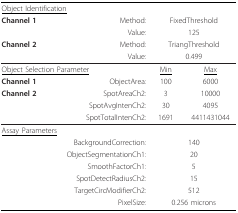
<table><thead><tr><td colspan="2"><b><underline>Object Identification</underline></b></td><td></td><td></td></tr><tr><td><b>Channel 1</b></td><td><b>Method:</b></td><td colspan="2"><b>FixedThreshold</b></td></tr><tr><td></td><td><b>Value:</b></td><td colspan="2"><b>125</b></td></tr><tr><td><b>Channel 2</b></td><td><b>Method:</b></td><td colspan="2"><b>TriangThreshold</b></td></tr><tr><td></td><td><b>Value:</b></td><td colspan="2"><b>0.499</b></td></tr></thead><tbody><tr><td colspan="2"><underline>Object Selection Parameter</underline></td><td><underline>Min</underline></td><td><underline>Max</underline></td></tr><tr><td><b>Channel 1</b></td><td>ObjectArea:</td><td>100</td><td>6000</td></tr><tr><td><b>Channel 2</b></td><td>SpotAreaCh2:</td><td>3</td><td>10000</td></tr><tr><td></td><td>SpotAvgIntenCh2:</td><td>30</td><td>4095</td></tr><tr><td></td><td>SpotTotalIntenCh2:</td><td>1691</td><td>4411431044</td></tr><tr><td colspan="2"><underline>Assay Parameters</underline></td><td></td><td></td></tr><tr><td></td><td>BackgroundCorrection:</td><td colspan="2">140</td></tr><tr><td></td><td>ObjectSegmentationCh1:</td><td colspan="2">20</td></tr><tr><td></td><td>SmoothFactorCh1:</td><td colspan="2">5</td></tr><tr><td></td><td>SpotDetectRadiusCh2:</td><td colspan="2">15</td></tr><tr><td></td><td>TargetCircModifierCh2:</td><td colspan="2">512</td></tr><tr><td></td><td>PixelSize:</td><td colspan="2">0.256 microns</td></tr></tbody></table>